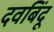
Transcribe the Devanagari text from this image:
दवबिंदू